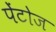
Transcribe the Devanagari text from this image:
पेंटोज